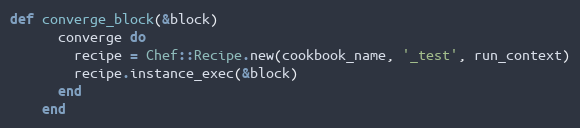
Language: Ruby
def converge_block(&block)
      converge do
        recipe = Chef::Recipe.new(cookbook_name, '_test', run_context)
        recipe.instance_exec(&block)
      end
    end